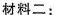
材料二；